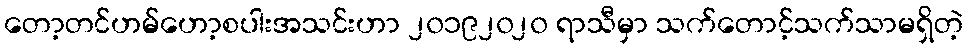
တော့တင်ဟမ်ဟော့စပါးအသင်းဟာ ၂၀၁၉၂၀၂၀ ရာသီမှာ သက်တောင့်သက်သာမရှိတဲ့